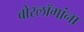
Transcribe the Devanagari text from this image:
बोरलॉगांना